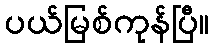
ပယ်မြစ်ကုန်ပြီ။